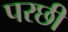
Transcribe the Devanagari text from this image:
परछी